Lunatic asylums Central Provinces reports 1886-1894 - 1886-1894
Year: 1886
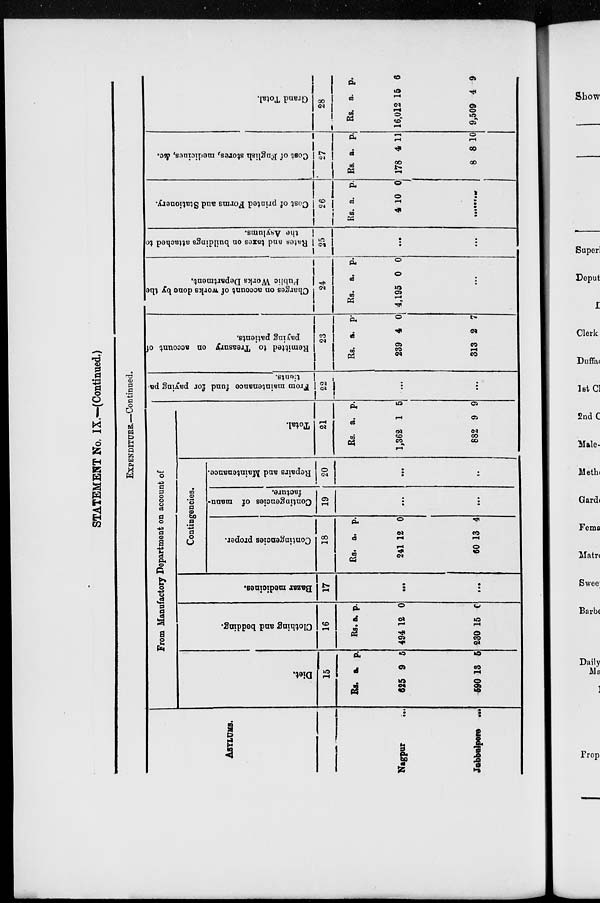
STATEMENT No. IX.—(Continued.)
EXPENDITURE.—Continued.
ASTLUMS.
Nagpur ...
Jubbulpure ...
From Manufactory Department on account of
Diet.
15
Rs.
625
590
a.
9
13
p.
5
5
Clothing and bedding.
16
Rs
494
230
a.
12
15
p.
0
0
Bazar medicines.
17
...
...
Contingencies.
Contingencies proper.
18
Rs.
241
60
a.
12
13
p.
0
4
Contingencies of manu-
facture.
19
...
...
Repairs and Maintenance.
20
...
...
Total.
21
Rs.
1,362
882
a.
1
9
p.
5
9
From maintenance fund for paying pa-
tients.
22
...
...
Remitted to Treasury on account of
paying patients.
23
Rs.
239
313
a.
4
2
p.
0
7
Charges on account of works done by the
Public Works Department.
24
Rs.
4,195
a.
0
p.
0
...
Rates and taxes on buildings attached to
the Asylums.
25
...
...
Cost of printed Forms and Stationery.
26
Rs.
4
a.
10
p.
0
......
Cost of English stores, medicines, &c.
27
Rs.
178
8
a.
4
8
p.
11
10
Grand Total.
28
Rs.
16,012
9,509
a.
15
4
p.
6
9